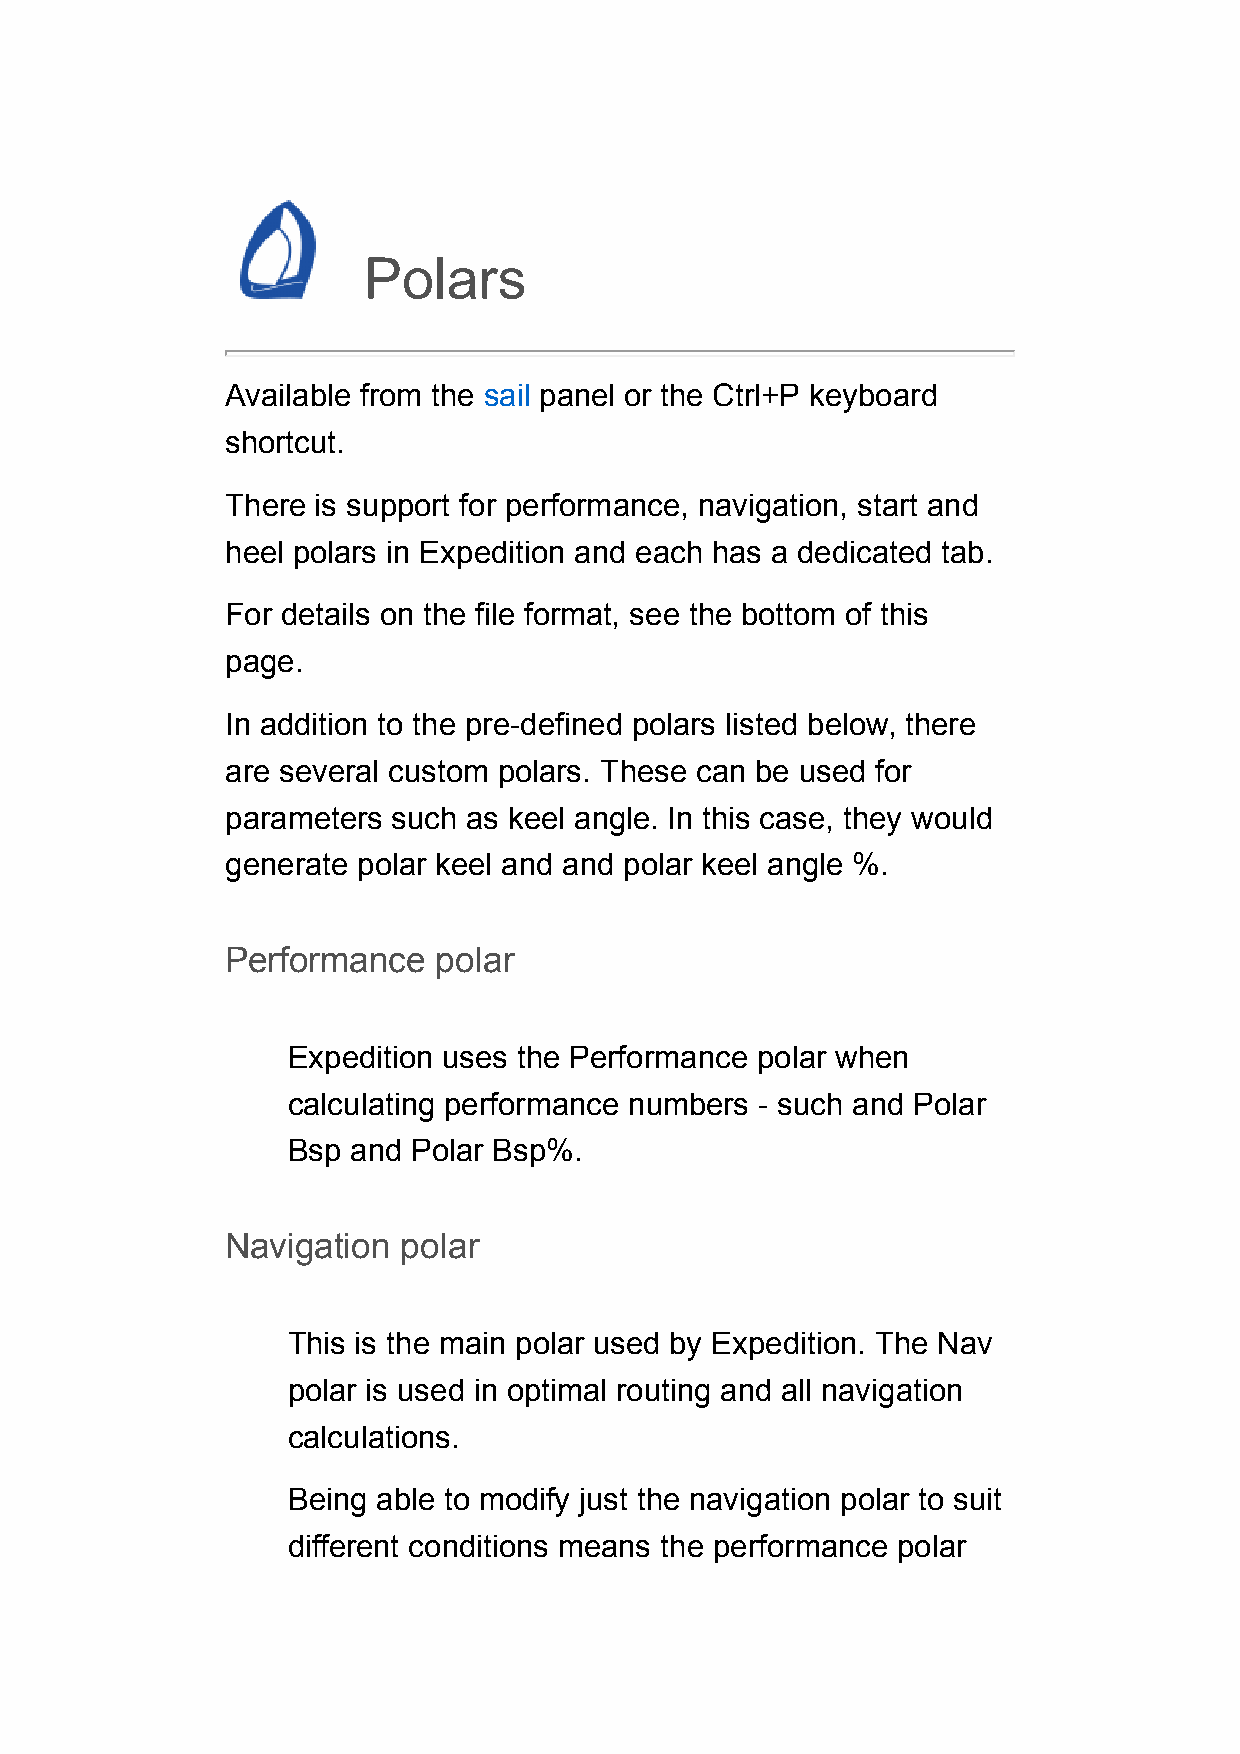
Polars
 Available from the sail panel or the Ctrl+P keyboard
 shortcut.
 There is support for performance, navigation, start and
 heel polars in Expedition and each has a dedicated tab.
 For details on the file format, see the bottom of this
 page.
 In addition to the pre-defined polars listed below, there
 are several custom polars. These can be used for
 parameters such as keel angle. In this case, they would
 generate polar keel and and polar keel angle %.
 Performance   polar
 Expedition uses the Performance polar when
 calculating performance numbers - such and Polar
 Bsp and Polar Bsp%.
 Navigation  polar
 This is the main polar used by Expedition. The Nav
 polar is used in optimal routing and all navigation
 calculations.
 Being able to modify just the navigation polar to suit
 different conditions means the performance polar